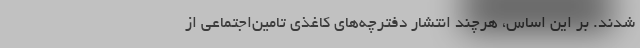
شدند. بر این اساس، هرچند انتشار دفترچه‌های کاغذی تامین‌اجتماعی از